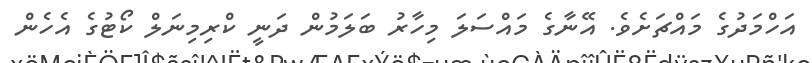
އަހްމަދުގެ މައްޗަށެވެ. އޭނާގެ މައްސަލަ މިހާރު ބަލަމުން ދަނީ ކްރިމިނަލް ކޯޓުގެ އެހެން